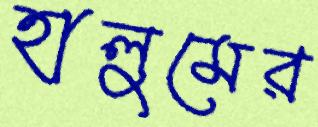
হালুমের